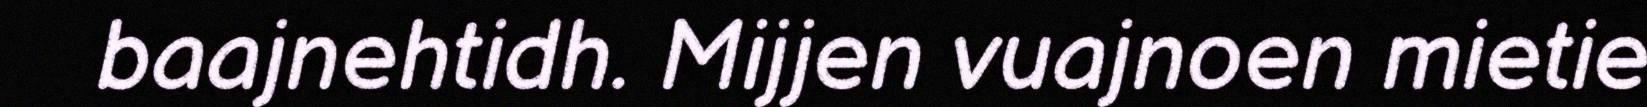
baajnehtidh. Mijjen vuajnoen mietie